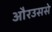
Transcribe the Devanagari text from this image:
औरउससे